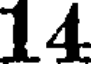
14